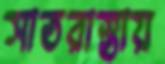
সাতরাস্তায়